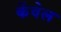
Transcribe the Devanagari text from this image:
केंवेल